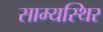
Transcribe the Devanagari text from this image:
साम्यस्थिर